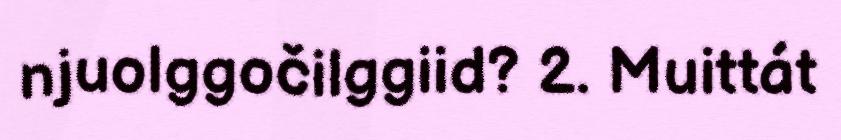
njuolggočilggiid? 2. Muittát